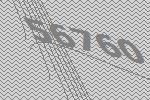
56760